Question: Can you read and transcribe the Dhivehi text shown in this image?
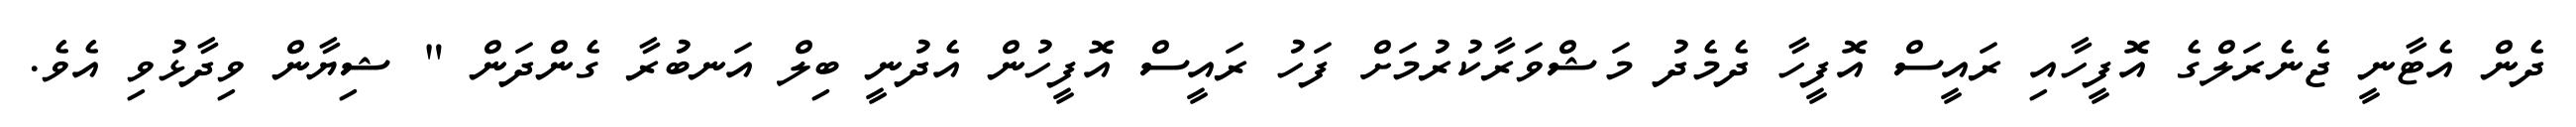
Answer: ދެން އެޓާނީ ޖެނެރަލްގެ އޮފީހާއި ރައީސް އޮފީހާ ދެމެދު މަޝްވަރާކުރުމަށް ފަހު ރައީސް އޮފީހުން އެދުނީ ބިލް އަނބުރާ ގެންދަން " ޝިޔާން ވިދާޅުވި އެވެ.